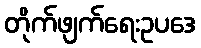
တိုက်ဖျက်ရေးဥပဒေ